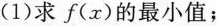
(1)求f(x)的最小值；